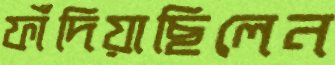
ফাঁদিয়াছিলেন